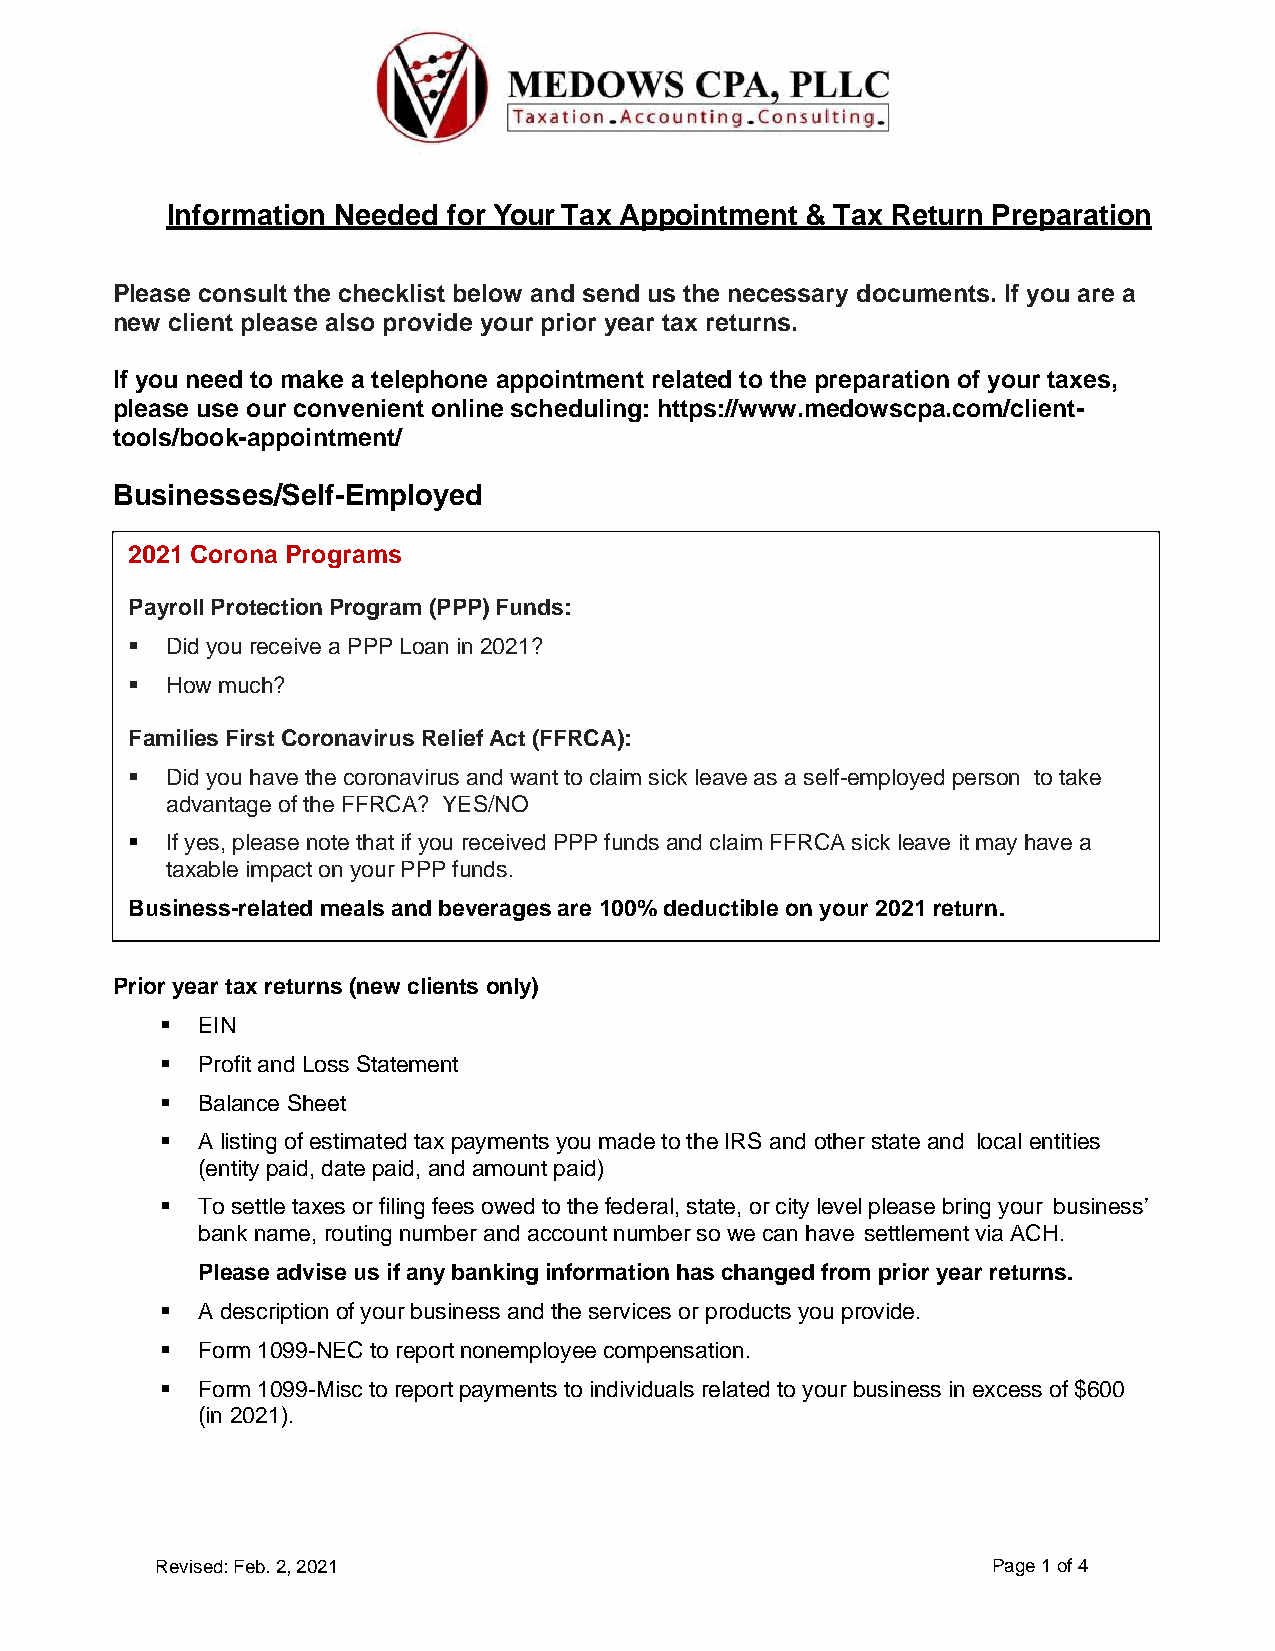
Information Needed for Your Tax Appointment & Tax Return Preparation
 Please consult the checklist below and send us the necessary documents. If you are a
 new client please also provide your prior year tax returns.
 If you need to make a telephone appointment related to the preparation of your taxes,
 please use our convenient online scheduling: https://www.medowscpa.com/client-
 tools/book-appointment/
 Businesses/Self-Employed
 2021 Corona Programs
 Payroll Protection Program (PPP) Funds:
 ▪  Did you receive a PPP Loan in 2021?
 ▪  How much?
 Families First Coronavirus Relief Act (FFRCA):
 ▪  Did you have the coronavirus and want to claim sick leave as a self-employed person to take
 advantage of the FFRCA? YES/NO
 ▪  If yes, please note that if you received PPP funds and claim FFRCA sick leave it may have a
 taxable impact on your PPP funds.
 Business-related meals and beverages are 100% deductible on your 2021 return.
 Prior year tax returns (new clients only)
 ▪ EIN
 ▪ Profit and Loss Statement
 ▪ Balance Sheet
 ▪ A listing of estimated tax payments you made to the IRS and other state and local entities
 (entity paid, date paid, and amount paid)
 ▪ To settle taxes or filing fees owed to the federal, state, or city level please bring your business’
 bank name, routing number and account number so we can have settlement via ACH.
 Please advise us if any banking information has changed from prior year returns.
 ▪ A description of your business and the services or products you provide.
 ▪ Form 1099-NEC to report nonemployee compensation.
 ▪ Form 1099-Misc to report payments to individuals related to your business in excess of $600
 (in 2021).
 Revised: Feb. 2, 2021                                   Page 1 of 4